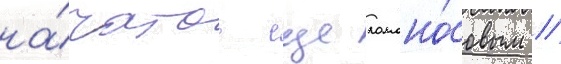
на́чатое еще ломоно́совым /